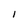
Character: 1